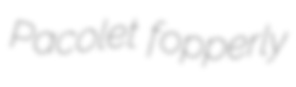
Pacolet fopperly